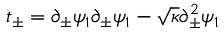
t _ { \pm } = \partial _ { \pm } \psi _ { 1 } \partial _ { \pm } \psi _ { 1 } - \sqrt { \kappa } \partial _ { \pm } ^ { 2 } \psi _ { 1 }